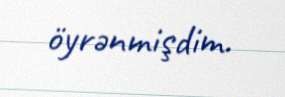
öyrənmişdim.